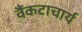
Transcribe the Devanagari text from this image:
वैंकटाचार्य